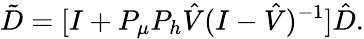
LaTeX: \tilde{D}=[I+P_{\mu}P_{h}\hat{V}(I-\hat{V})^{-1}]\hat{D}.